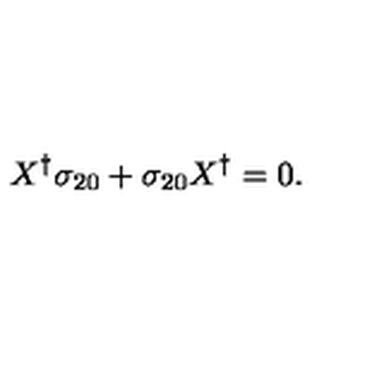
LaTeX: X ^ { \dagger } \sigma _ { 2 0 } + \sigma _ { 2 0 } X ^ { \dagger } = 0 .